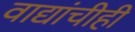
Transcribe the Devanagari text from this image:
वाद्यांचीही